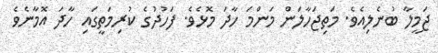
ޖަމީލާ ބުނެލިއެވެ. މަތިޖަހާލަން މަންމަ ހާދަ މޮޅެވެ. ފަހުދުގެ ކުރިމަތީގައި ހާދަ އޮމާނެވެ